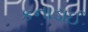
કનાડાઈ